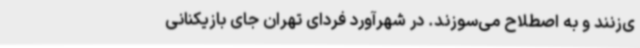
ی‌زنند و به اصطلاح می‌سوزند. در شهرآورد فردای تهران جای بازیکنانی